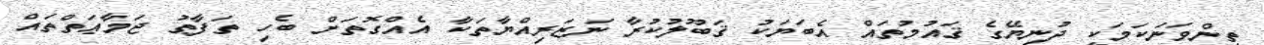
ތިންވަނަކަމަކީ ދުނިޔޭގެ ޤައުމުތައް އެބަޔަކު ޤަބޫލުކުރާ ނަޒަރިއްޔާތަކާ އެއްގޮތަށް ބެހި ތަފާތު ޖަމާޢަތްތައް